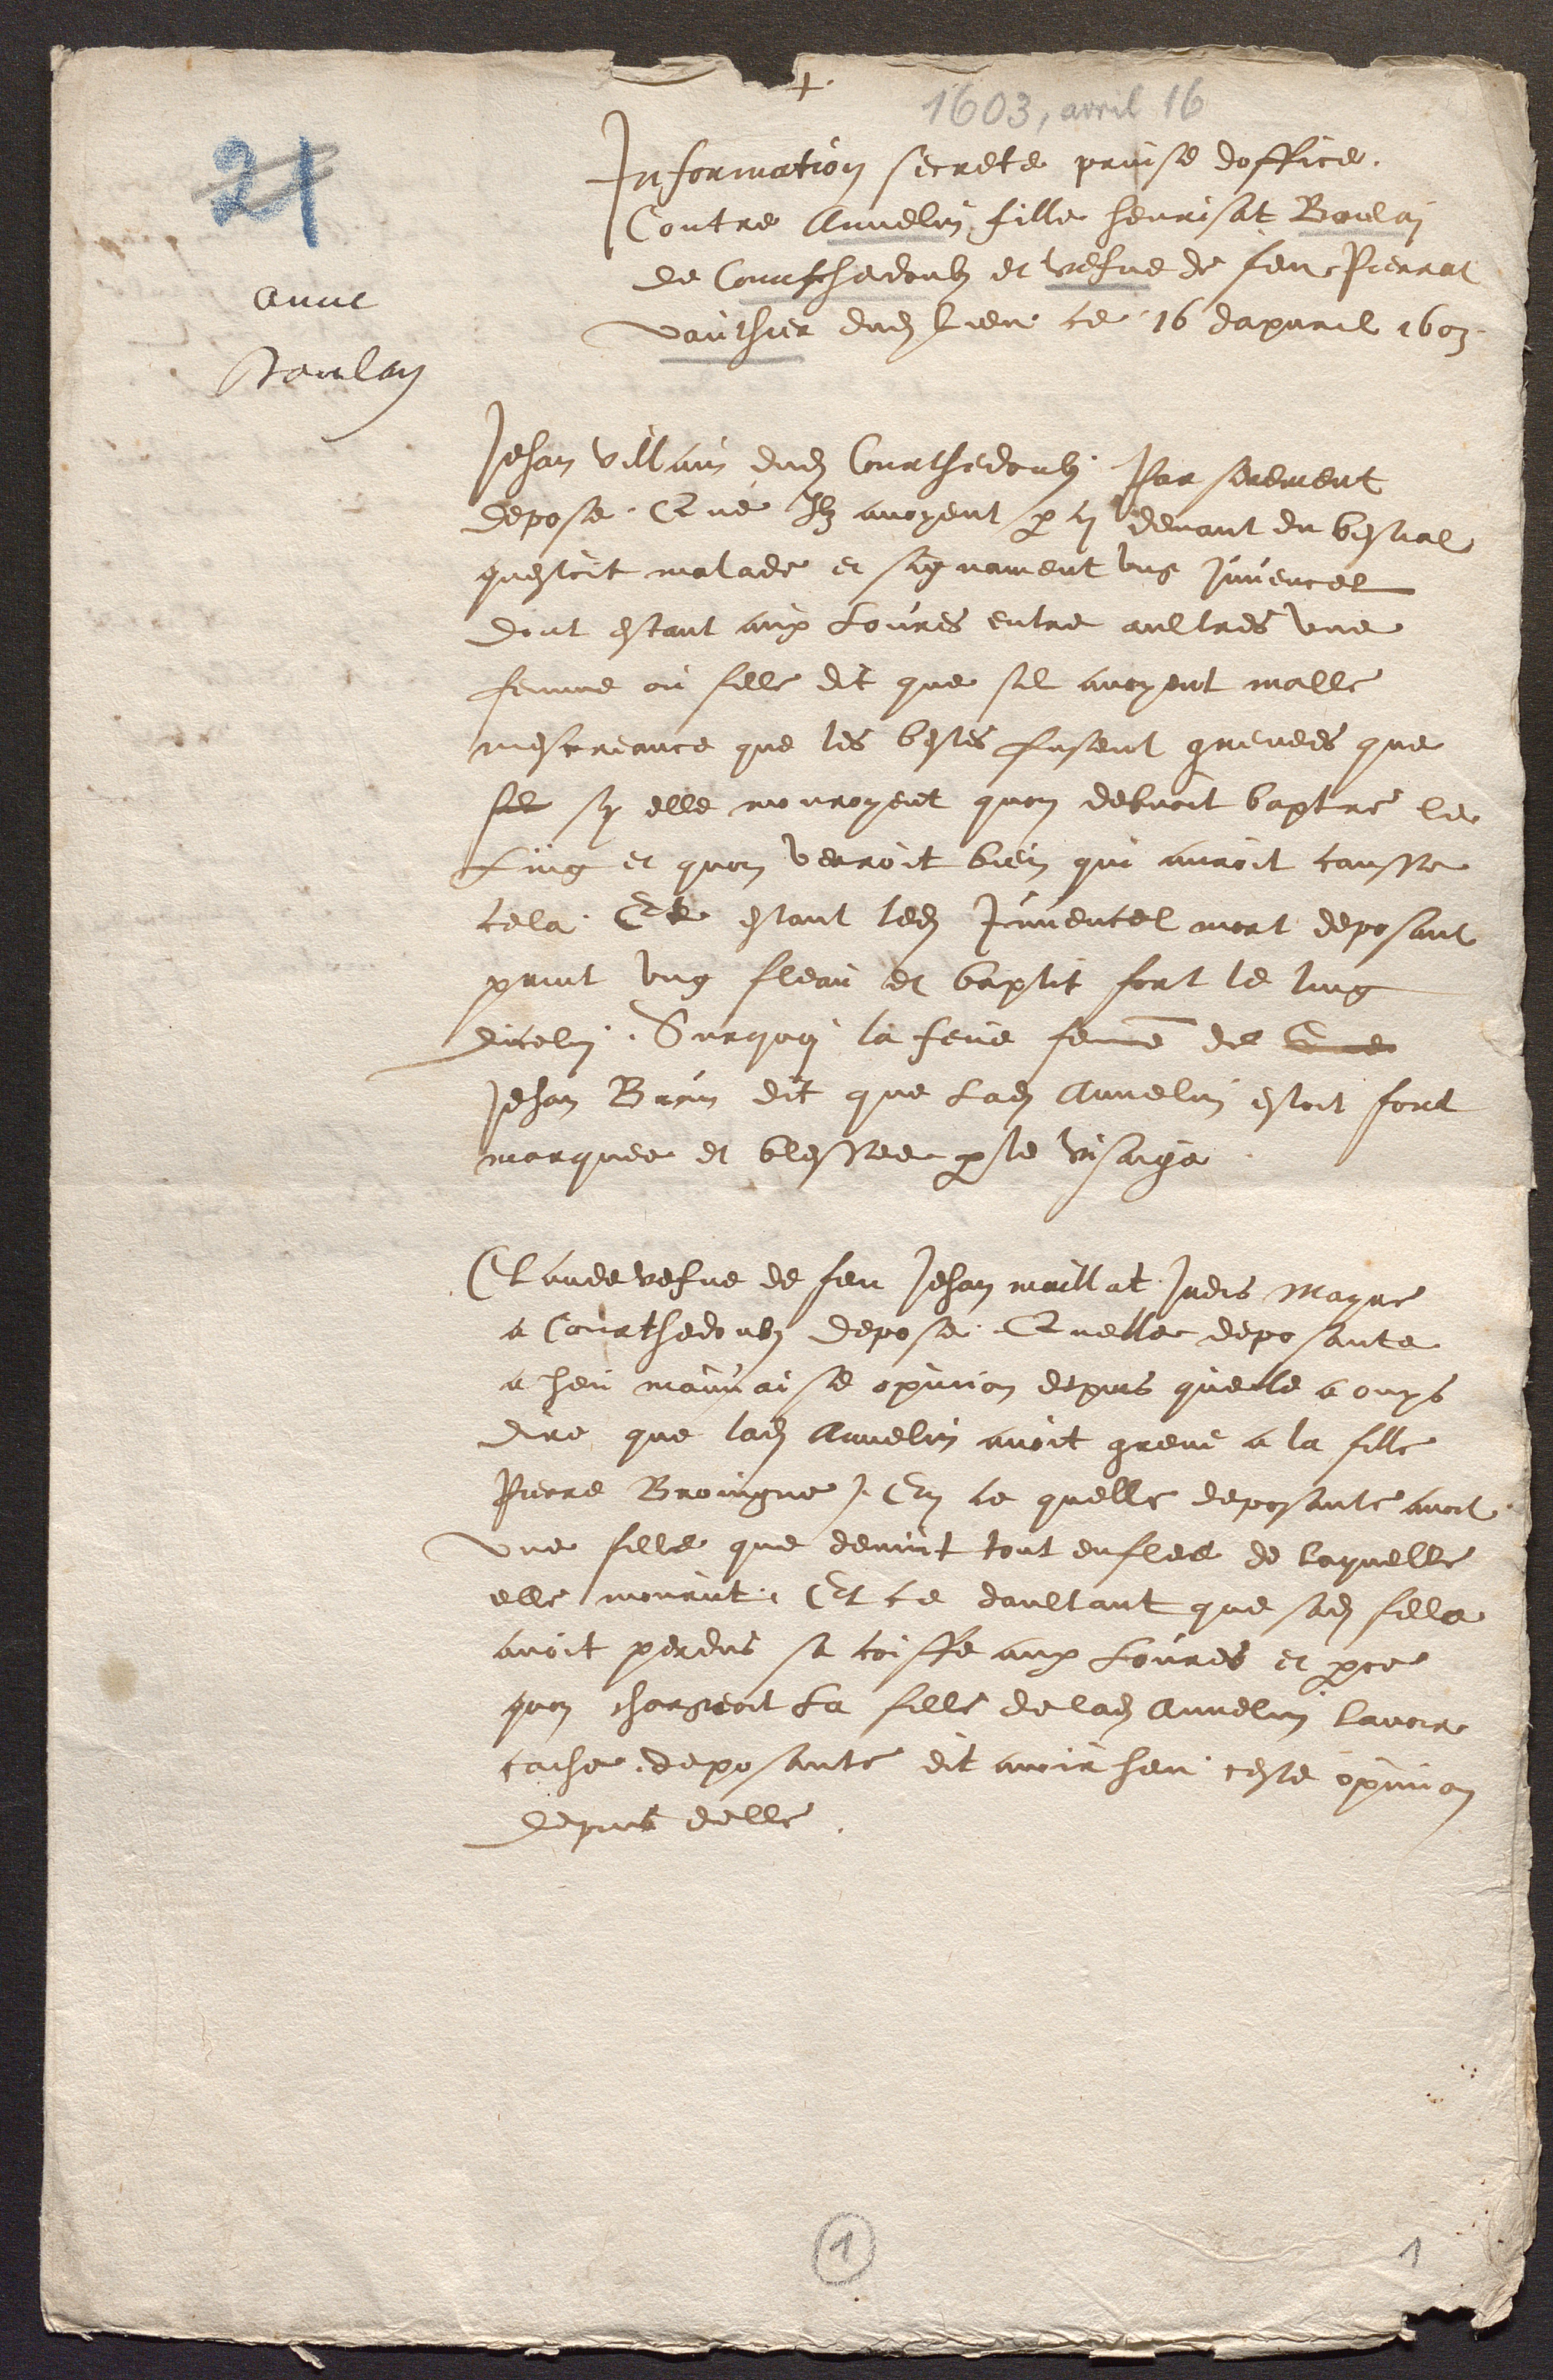
1603, avril 16
Anne
Boulay
+
Information secrete prinse doffice,
Contre Annelin fille henrisat Boulai
de Courthedoubs et vefve de feu Pierrat
Vauthier dudit lieu, ce 16 dapvril 1603.
Jehan villain dudit Courthedoubs, Par serement
depose, Que Ilz avoyent par ci devant du bestial
questoit malade et signament ung juvencel
dont estant aux Lovres entre aultres une
femme ou fille dit que sil avoyent malle
mescreance que les bestes fusent grevees que
sil sy elle mouroyent quon debvoit baptre le
Ling et quon verroit bien qui auroit causse
cela. Et estant ledit juvencel mort deposant
print ung fleau et baptit fort le ling
dicelui. Surquoi la feue femme de Ge
Jehan Burin dit que Ladite Annelin estoit fort
marquee et blessee par le visaige.
Claude vefve de feu Jehan maillat jadis Mayre
a Courthedoubs depose, Quelle deposante
a heu mauvaise opinion depuis quelle a ouys
dire que ladite Annelin avoit greve a la fille
Pierre Broingne. En ce quelle deposante avoit
Une fille que devint tout enflee de laquelle
elle mourut. Et ce doultant que sadite fille
 avoit perdus sa coiffe aux Lovres et parce
quon chargeoit La fille de ladite Annelin lavoir
cache, deposante dit avoir heu ceste opinion
depuis delle.
1
1